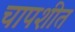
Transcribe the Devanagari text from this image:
चापशीत